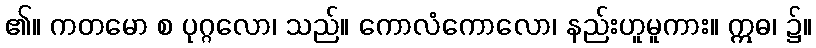
၏။ ကတမော စ ပုဂ္ဂလော၊ သည်။ ကောလံကောလော၊ နည်းဟူမူကား။ ဣဓ၊ ၌။